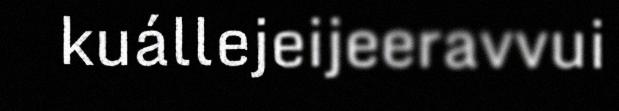
kuállejeijeeravvui